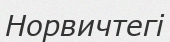
Норвичтегі